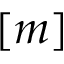
[ m ]